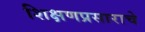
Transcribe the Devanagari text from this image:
शिक्षणप्रसाराचे